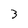
Character: 3